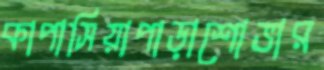
কাপাসিয়াপাড়াশোভার